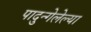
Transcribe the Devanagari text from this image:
पादुन्गेलेल्या